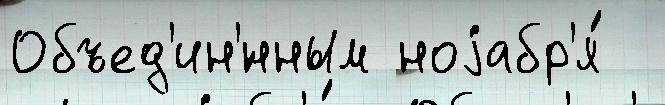
Объед'ин'́нным ноjабр'я́